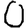
Digit: 0